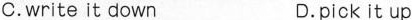
C.write it down D.pick it up